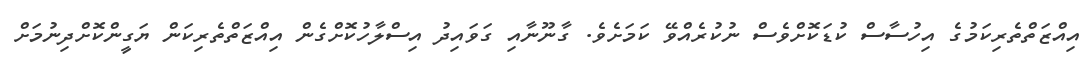
އިއްޒަތްތެރިކަމުގެ އިހުސާސް ކުޑަކޮށްވެސް ނުކުރެއްވޭ ކަމަށެވެ. ގާނޫނާއި ގަވައިދު އިސްލާހުކޮށްގެން އިއްޒަތްތެރިކަން ޔަގީންކޮށްދިނުމަށް